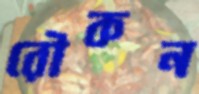
রৌকন